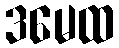
ဒမေထ